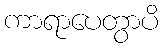
ကာရာပေတွာပိ